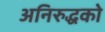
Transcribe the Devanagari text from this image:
अनिरुद्धको